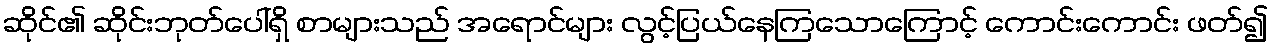
ဆိုင်၏ ဆိုင်းဘုတ်ပေါ်ရှိ စာများသည် အရောင်များ လွင့်ပြယ်နေကြသောကြောင့် ကောင်းကောင်း ဖတ်၍